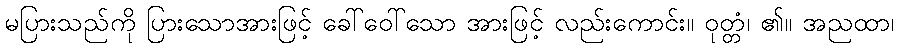
မပြားသည်ကို ပြားသောအားဖြင့် ခေါ်ဝေါ်သော အားဖြင့် လည်းကောင်း။ ဝုတ္တံ၊ ၏။ အညထာ၊